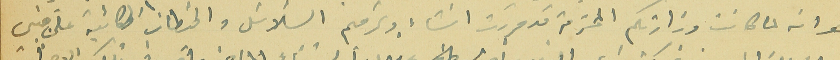
هو انه لما كانت وزارتكم المحترمة قد قررت انشاء وترميم السَلاسَل والحيطان الكائية على مبني